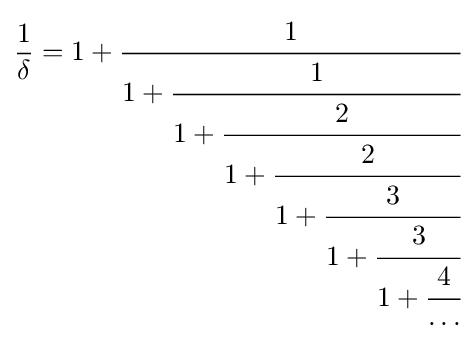
{\frac {1}{\delta }}=1+{\cfrac {1}{1+{\cfrac {1}{1+{\cfrac {2}{1+{\cfrac {2}{1+{\cfrac {3}{1+{\cfrac {3}{1+{\cfrac {4}{\dots }}}}}}}}}}}}}}